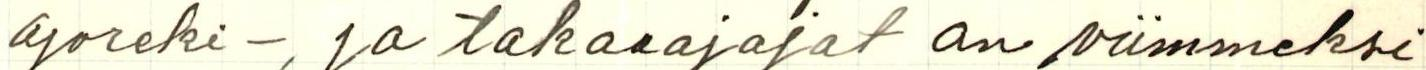
ajoreki -, ja takaa ajajat on viimmeksi